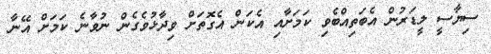
ސިޔާސީ ލީޑަރުން އެބަތިއްބެވި ކަމަށާއި އެކަން އެގޮތަށް ވިދާޅުވެގެން ނުވާނެ ކަމަށް އޭނާ